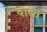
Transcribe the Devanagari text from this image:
वात्य